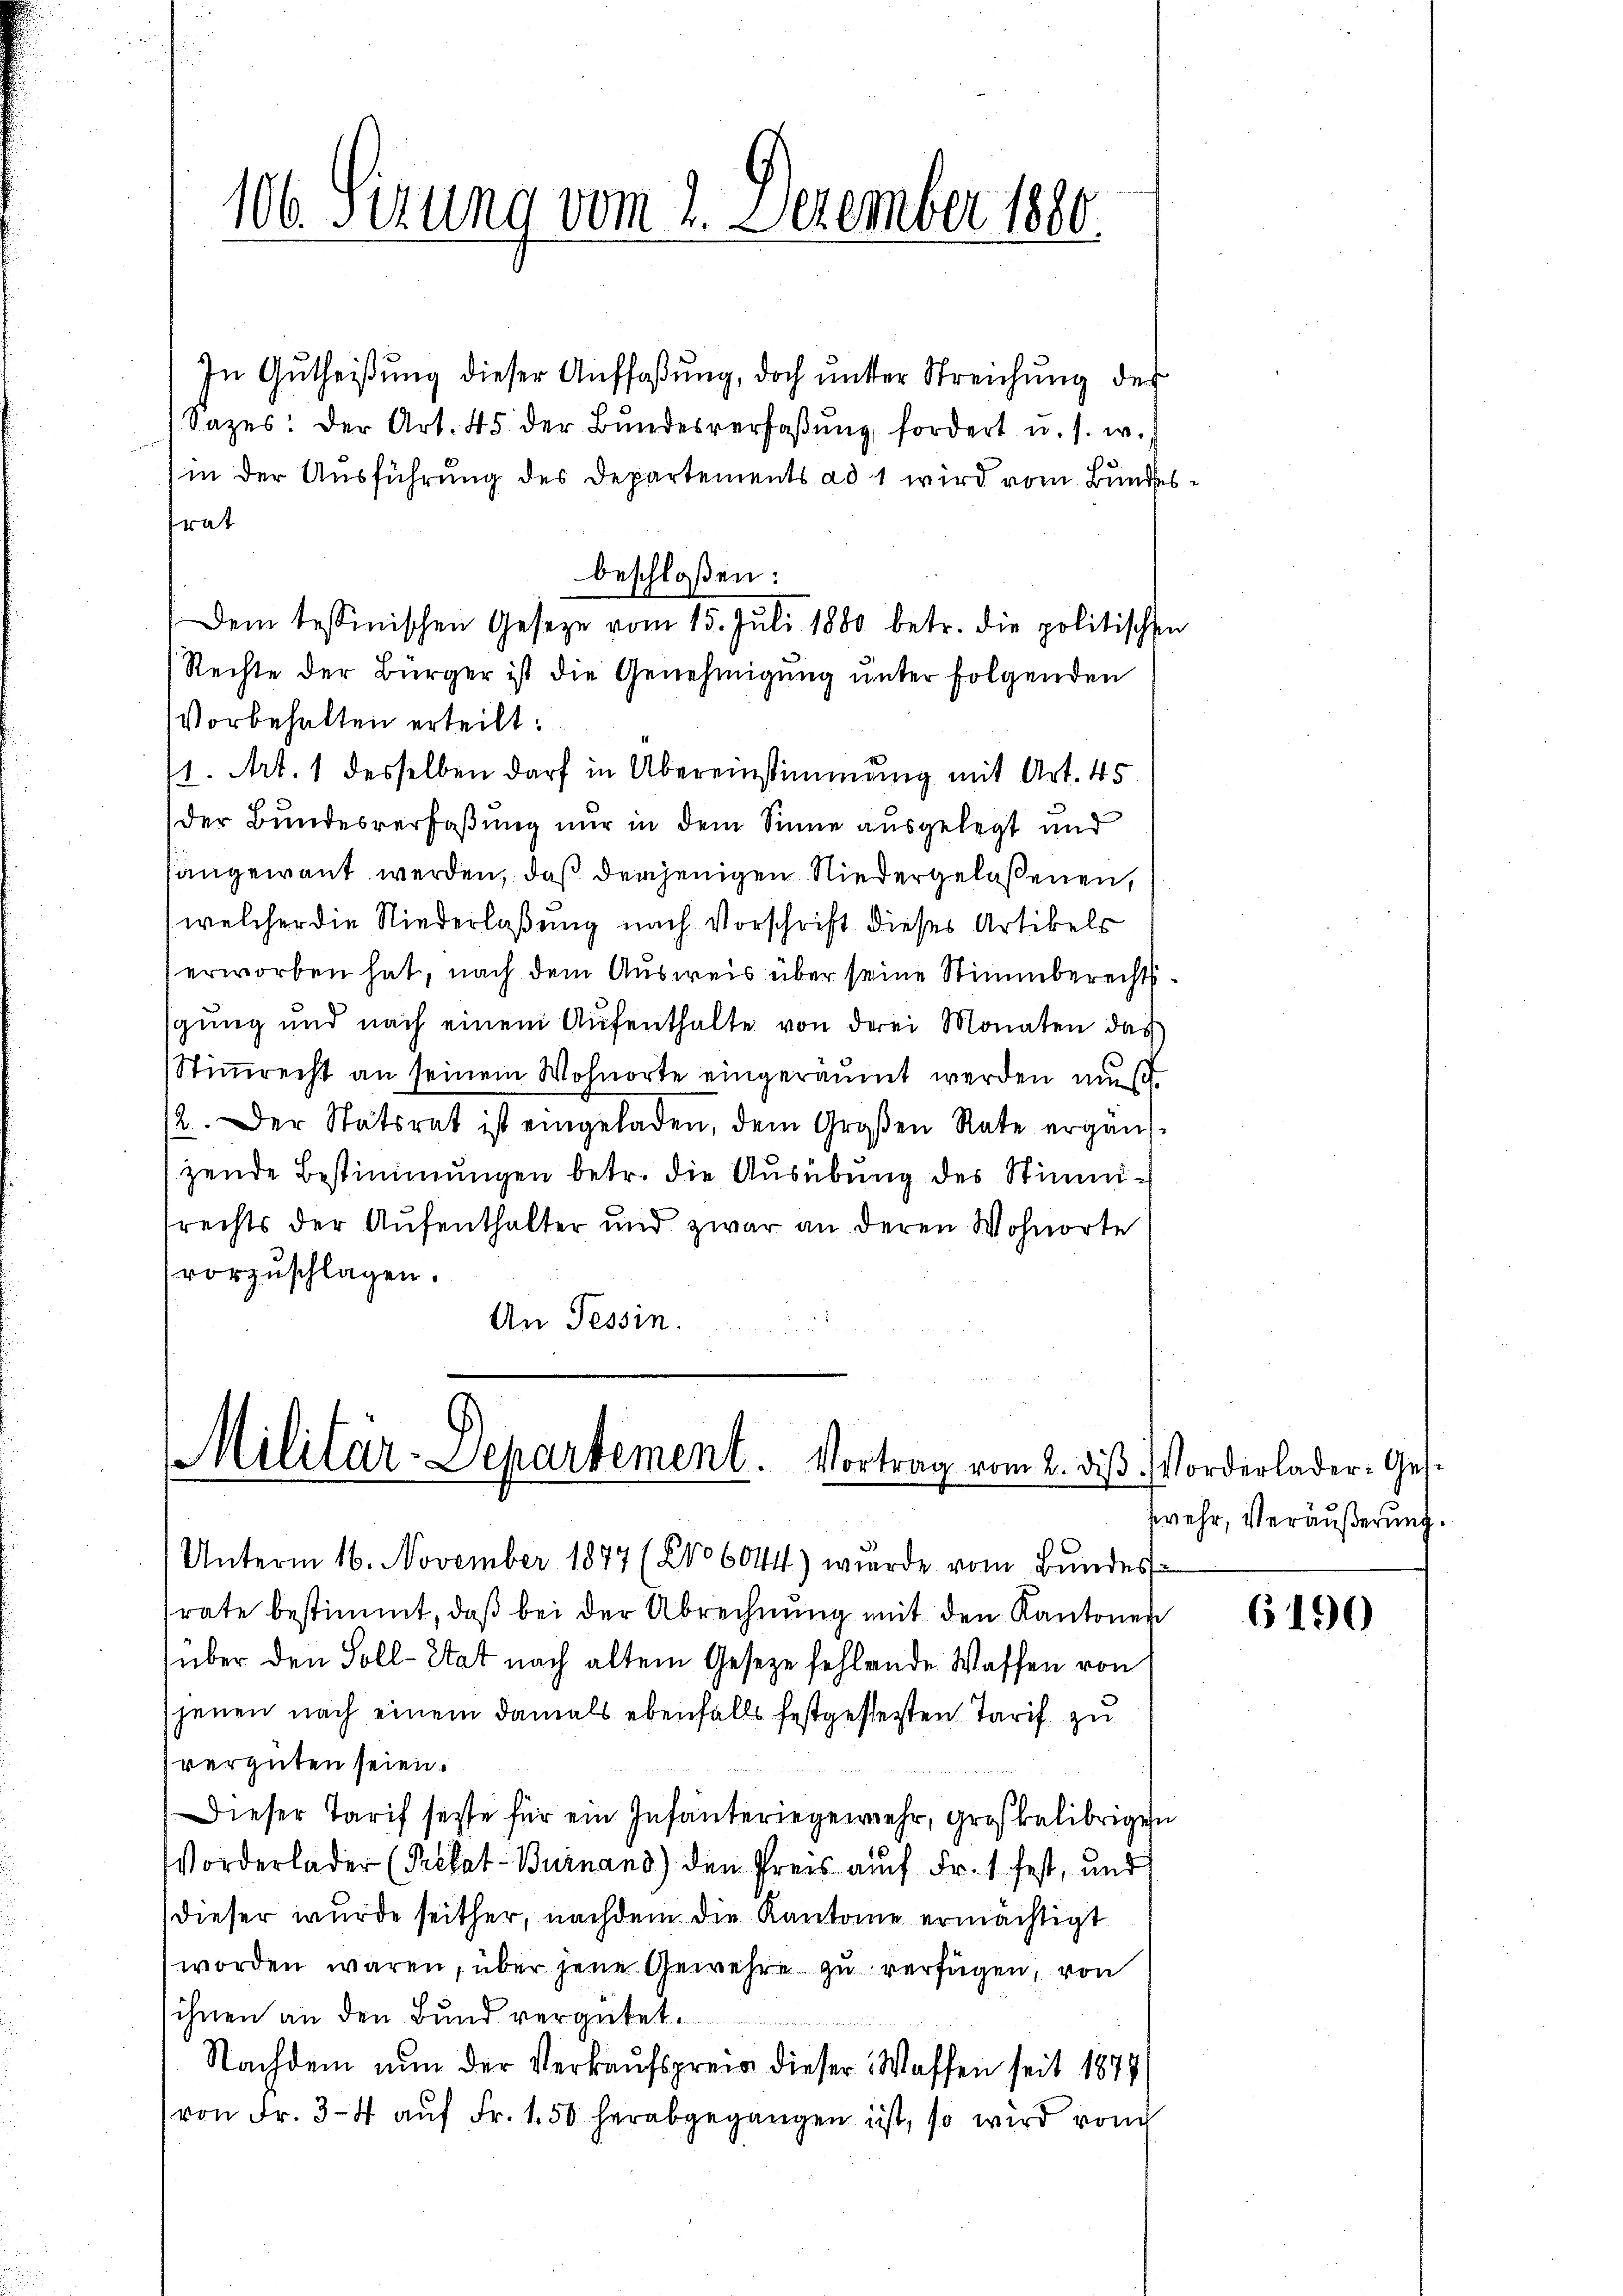
106. Sizung vom 2. Dezember 1880

In Gŭtheißung dieser Auffaßung, doch unter Streichung des
Sazes: der Art. 45. der Bŭndesverfaßung fordert u. s. w.
(in der Ausführung des Departements ad 1 wird vom Bundesfrat
Dem tessinischen Geseze vom 15. Juli 1880 betr. die politischen
Rechte der Bürger ist die Genehmigung unter folgenden
Vorbehalten erteilt:
/1. Art. 1 desselben darf in Übereinstimmung mit Art. 45
der Bundesverfaßung nur in dem Sinne ausgelegt und
sangewant werden, daß derjenigen Niedergelaßenen,
welcher die Niederlaßung nach Vorschrift dieses Artikels
erworben hat, nach dem Ausweis über seine Stimmberechtsgung und nach einem Aufenthalte von derei Monaten das
Stiṁrecht an seinem Wohnorte eingeräumt werden muß.
12. Der Statsrat ist eingeladen, dem Großen Rate ergänzzende Bestimmungen betr. die Ausübung des Stimmsrechts der Aufenthalter und zwar an deren Wohnorte
vorzuschlagen.
An Tessin.

beschloßen:

Militär-Departement. Vortrag vom 2. diβ. Vorderlader Ges¬

Unterm 16. November 1877 (2106044) wurde vom Bundes
rate bestimmt, daß bei der Abrechnung mit den Kantonen
über den Soll-Etat nach altem Geseze fehlende Waffen von
jenen nach einem damals ebenfalls festgestesten Tarif zu
vergüten seien.
Dieser Tarif seite für ein Infanteriegewehr, großkelibrige
Vorderlader (Prekat-Burnand) den Preis auch Fr. 1 fest, und
dieser wurde seither, nachdem die Kantonie ermächtigt
worden wären, über jene Gewehre zu verfügen, von
sihnen an den Bund vergütet.
Nachdem nun der Verkaufspreis dieser Waffen seit 1874
von Fr. 3-4 aŭf Fr. 1.50 herabgegangen ist, so wird von

ehr, Veräußerung.
f

de
In

6190